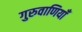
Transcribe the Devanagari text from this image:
गुरुवाणियाँ